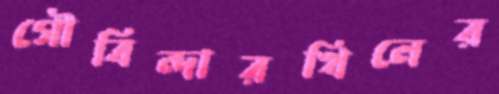
গৌবিন্দারখিলের